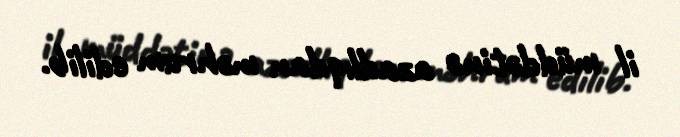
il müddətinə azadlıqdan məhrum edilib.